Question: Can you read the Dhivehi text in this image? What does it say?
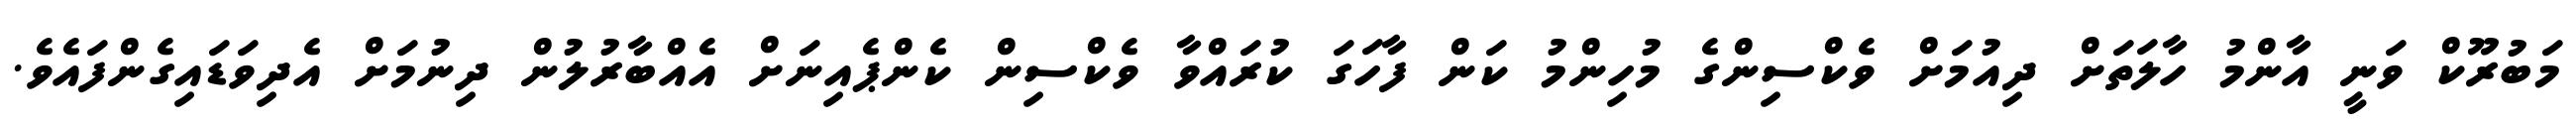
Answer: މަބުރޫކް ވަނީ އާންމު ހާލަތަށް ދިއުމަށް ވެކްސިންގެ މުހިންމު ކަން ފާހަގަ ކުރައްވާ ވެކްސިން ކެންޕެއިނަށް އެއްބާރުލުން ދިނުމަށް އެދިވަޑައިގެންފައެވެ.